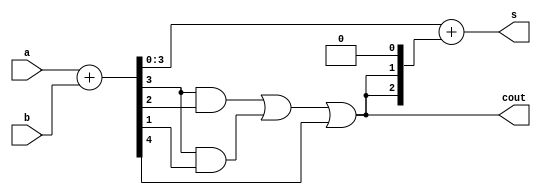
module bcdAdder(input [3:0] a, b, output [3:0] s, output cout);
wire [3:0] binaryAdder, value;
wire a1, a2, c;
assign {c, binaryAdder} = a +b;
and(a1, binaryAdder[3], binaryAdder[2]);
and(a2, binaryAdder[3], binaryAdder[1]);
or(cout, a1, a2, c);
assign value[3]=1'b0;
assign value[0]=1'b0;
assign value[1]=cout;
assign value[2]=cout;
assign s = binaryAdder + value;
endmodule